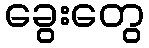
ခွေးတွေ